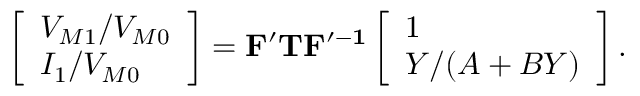
\left[ \begin{array} { l } { V _ { M 1 } / V _ { M 0 } } \\ { I _ { 1 } / V _ { M 0 } } \end{array} \right] = \mathbf { F ^ { \prime } } \mathbf { T } \mathbf { F ^ { \prime - 1 } } \left[ \begin{array} { l } { 1 } \\ { Y / ( A + B Y ) } \end{array} \right] .